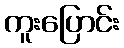
ကူးပြောင်း